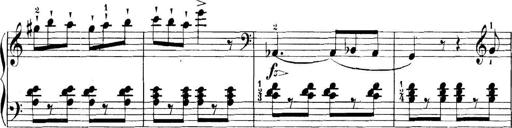
Title: 11 Sonatinas
Composer: Anton Diabelli